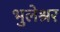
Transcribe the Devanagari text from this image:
भुलेश्रर